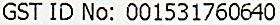
GST ID NO: 001531760640